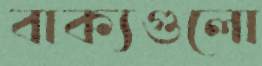
বাক্যগুলো